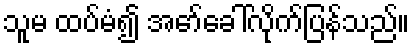
သူမ ထပ်မံ၍ အော်ခေါ်လိုက်ပြန်သည်။